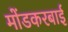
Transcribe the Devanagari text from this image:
मोंडकरबाई